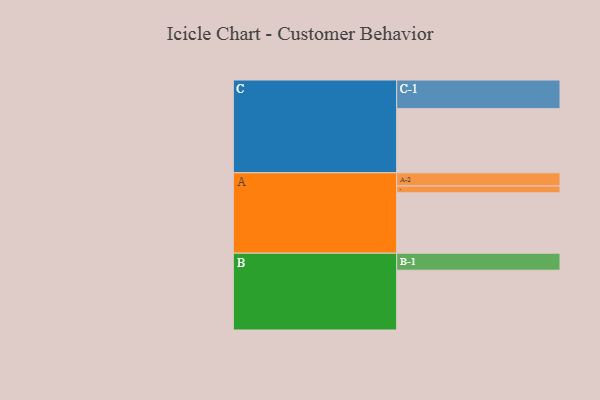
{"axis": {"x": "Segment", "y": "Value"}, "legend": ["", "A", "B", "C"], "data": [{"x": "A", "y": 533, "type": ""}, {"x": "B", "y": 528, "type": ""}, {"x": "C", "y": 566, "type": ""}, {"x": "A-1", "y": 60, "type": "A"}, {"x": "A-2", "y": 117, "type": "A"}, {"x": "B-1", "y": 150, "type": "B"}, {"x": "C-1", "y": 253, "type": "C"}]}